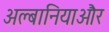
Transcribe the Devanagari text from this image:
अल्बानियाऔर